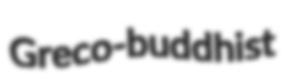
Greco-buddhist